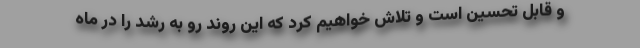
و قابل تحسين است و تلاش خواهيم كرد كه اين روند رو به رشد را در ماه